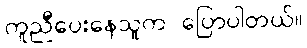
ကူညီပေးနေသူက ပြောပါတယ်။